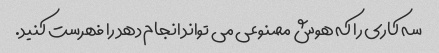
سه کاری را که هوش مصنوعی می تواند انجام دهد را فهرست کنید.